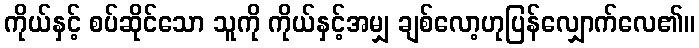
ကိုယ်နှင့် စပ်ဆိုင်သော သူကို ကိုယ်နှင့်အမျှ ချစ်လော့ဟုပြန်လျှောက်လေ၏။